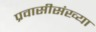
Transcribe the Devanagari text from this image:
प्रवासीसंख्या